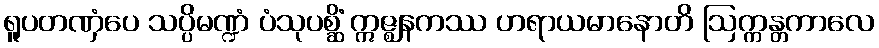
ရူပတဏှံပေ သပ္ပိမဏ္ဍံ ပံသုပစ္ဆိံ ဣဇ္ဈနကဿ ဟရာယမာနောတိ ဩက္ကန္တကာလေ